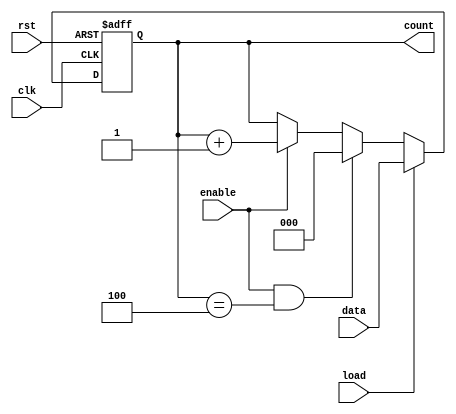
`timescale 1ns / 1ps

/*******************************************************************
*
* Module: counter_MOD_N.v
* Project: Digital Alarm Clock
* Description: this is a counter that counts up till the value N
*
* Change history: 1/5/2024  18/5/2024
*
*
**********************************************************************/




module counter_MOD_N #(parameter x = 3,parameter  n = 5) (input clk, rst, enable, load,
 input[x-1:0] data,
  output reg [x-1:0] count
  );
  
  
  always @(posedge clk, posedge rst) begin
    if (rst) // if reset button is enabled, reset the counter
        count <= 0;
    else if (load) 
        count <= data;
    else if (enable & count == n-1) //counter is reseted when count== n-1
        count <= 0;
    else if (enable) 
        count <= count + 1;   // increment the clock counter
  end
endmodule